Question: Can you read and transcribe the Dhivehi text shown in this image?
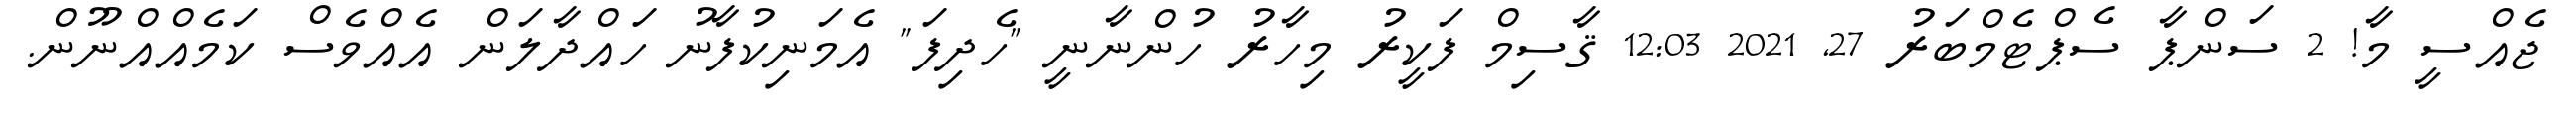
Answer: ޖެއްސީ މާ! 2 ސަންޕާ ސެޕްޓެމްބަރު 27, 2021 12:03 ޤާސިމް ފަކީރު މިހާރު ހުންނާނީ "ހެދިފަ" އެމަނިކުފާނު ހައްދާލަން އެއްވެސް ކަމެއްއްނޫން.